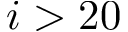
i > 2 0